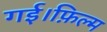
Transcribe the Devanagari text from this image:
गई।फ़िल्म